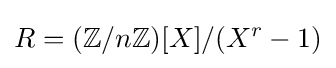
R=(\mathbb {Z} /n\mathbb {Z} )[X]/(X^{r}-1)